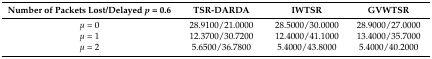
<table><thead><tr><td><b>Number of Packets Lost/Delayed <i>p</i> = 0.6</b></td><td><b>TSR-DARDA</b></td><td><b>IWTSR</b></td><td><b>GVWTSR</b></td></tr></thead><tbody><tr><td><i>μ</i> = 0</td><td>28.9100/21.0000</td><td>28.5000/30.0000</td><td>28.9000/27.0000</td></tr><tr><td><i>μ</i> = 1</td><td>12.3700/30.7200</td><td>12.4000/41.1000</td><td>13.4000/35.7000</td></tr><tr><td><i>μ</i> = 2</td><td>5.6500/36.7800</td><td>5.4000/43.8000</td><td>5.4000/40.2000</td></tr></tbody></table>